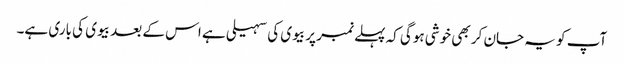
آپ کو یہ جان کر بھی خوشی ہوگی کہ پہلے نمبر پر بیوی کی سہیلی ہے اس کے بعد بیوی کی باری ہے۔